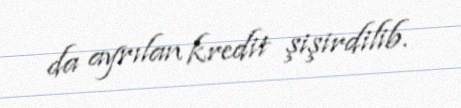
da ayrılan kredit şişirdilib.